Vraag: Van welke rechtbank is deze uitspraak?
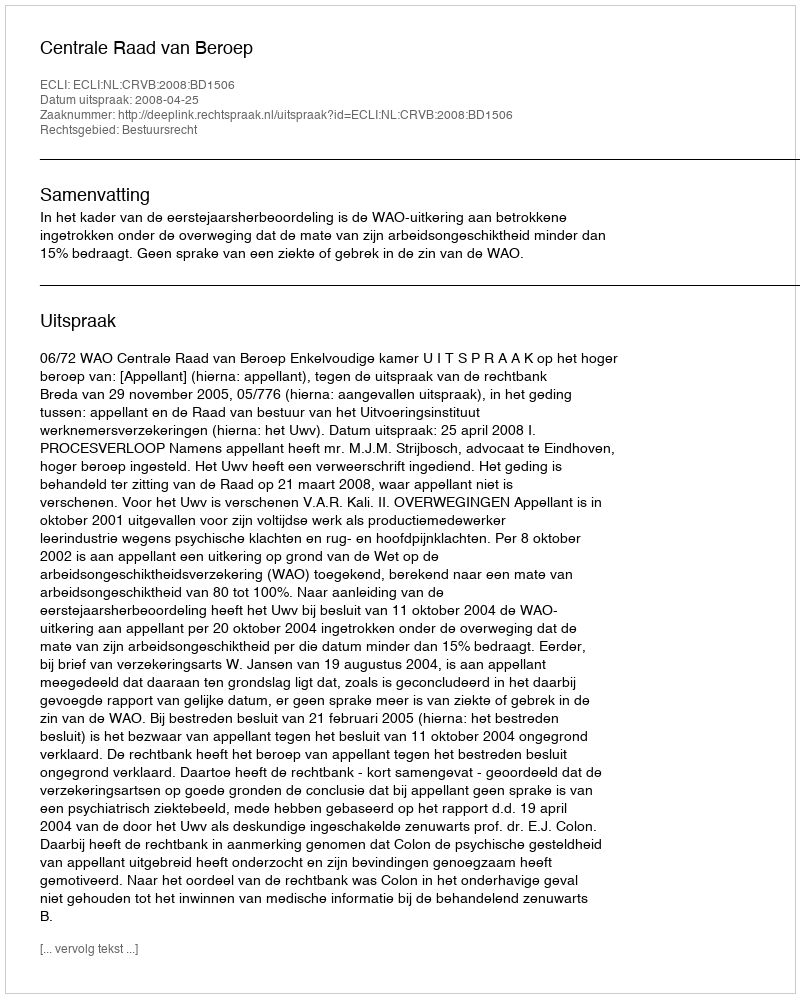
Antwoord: Centrale Raad van Beroep